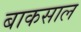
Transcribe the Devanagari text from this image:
बाकसाल